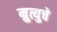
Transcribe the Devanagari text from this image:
म्रुत्युचे